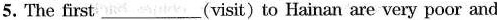
5. The first ___ (visit)to Hainan are very poor and